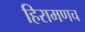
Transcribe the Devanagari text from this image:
हिरामणच